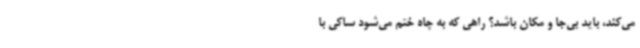
می‌کند، باید بی‌جا و مکان باشد؟ راهی که به چاه ختم می‌شود ساکی با